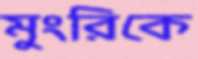
মুংরিকে